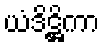
ယံဒိဋ္ဌိကာ